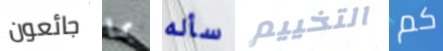
جائعون بما سأله التخييم كم